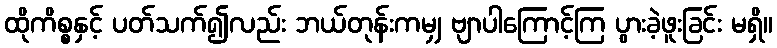
ထိုကိစ္စနှင့် ပတ်သက်၍လည်း ဘယ်တုန်းကမျှ ဗျာပါကြောင့်ကြ ပွားခဲ့ဖူးခြင်း မရှိ။